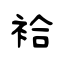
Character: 袷